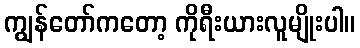
ကျွန်တော်ကတော့ ကိုရီးယားလူမျိုးပါ။